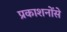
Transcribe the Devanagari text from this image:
प्रकाशनोंसे